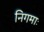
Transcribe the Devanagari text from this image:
निगमाः